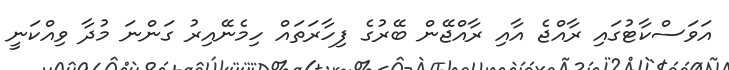
އަވަސްކާޓުގައި ރާއްޖެ އާއި ރާއްޖޭން ބޭރުގެ ފިހާރަތައް ހިމެނޭއިރު ގަންނަ މުދާ ވިއްކަނީ